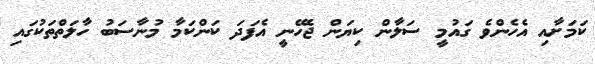
ކަމަށާއި އެހެންވެ ގައުމީ ސަލާން ކިޔަން ޖެހޭނީ އެފަދަ ކަންކަމާ މުނާސަބު ހާލަތްތަކުގައި